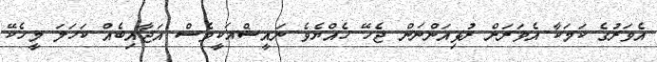
އެވަރުގެ ކަމަކާ އެވަރަށް ރުޅިއަންނަން ޖެހޭ ހެއްޔެވެ ނައީޝްއަކީވެސް އަޖާއިބެއް ކަހަލަ މީހެކޭ